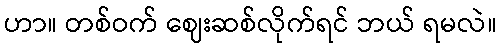
ဟာ။ တစ်ဝက် ဈေးဆစ်လိုက်ရင် ဘယ် ရမလဲ။